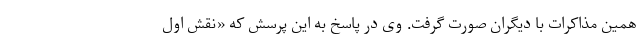
همین مذاکرات با دیگران صورت گرفت. وی در پاسخ به این پرسش که «نقش اول